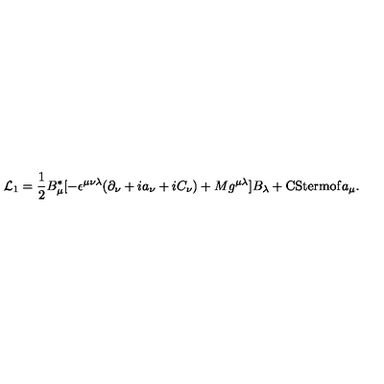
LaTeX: { \cal L } _ { 1 } = \frac { 1 } { 2 } B _ { \mu } ^ { * } [ - \epsilon ^ { \mu \nu \lambda } ( \partial _ { \nu } + i a _ { \nu } + i C _ { \nu } ) + M g ^ { \mu \lambda } ] B _ { \lambda } + \mathrm { C S t e r m o f } a _ { \mu } .